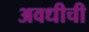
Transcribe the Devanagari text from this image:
अवधीची